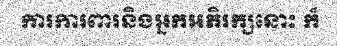
ការការពារនិងអ្នកអភិរក្សនោះ ក៏